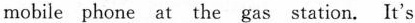
mobile phone at the gas station. It's